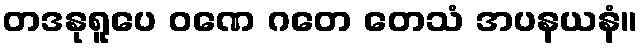
တဒနုရူပေ ဝဏေ ဂတေ တေသံ အပနယနံ။